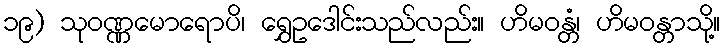
၁၉) သုဝဏ္ဏမောရောပိ၊ ရွှေဥဒေါင်းသည်လည်း။ ဟိမဝန္တံ၊ ဟိမဝန္တာသို့။